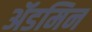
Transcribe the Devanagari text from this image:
ॲडमिन